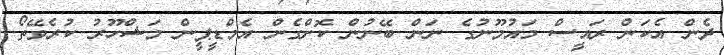
ދެން އެކަން ރައީސް މައުމޫނުގެ ނަން ބޭނުން ކޮށްގެން އެމްޑީޕީން މަޝްހޫރު ކުރެވޭތޯ